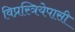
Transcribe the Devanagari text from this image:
विप्रस्त्रियेपासी